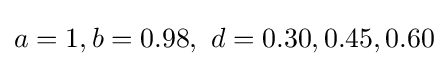
a=1,b=0.98,\ d=0.30,0.45,0.60